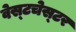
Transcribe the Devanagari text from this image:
वेस्‍टचेस्‍टर